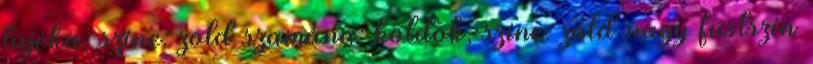
tájéka, színe: zöld szamána: köldök, színe: zöld vagy füstszín